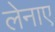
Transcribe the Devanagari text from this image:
लेनाए